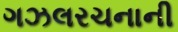
ગઝલરચનાની